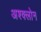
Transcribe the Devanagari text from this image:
अश्क्लोन